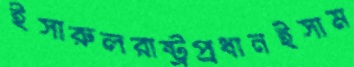
ইসারুলরাষ্ট্রপ্রধানইসাম